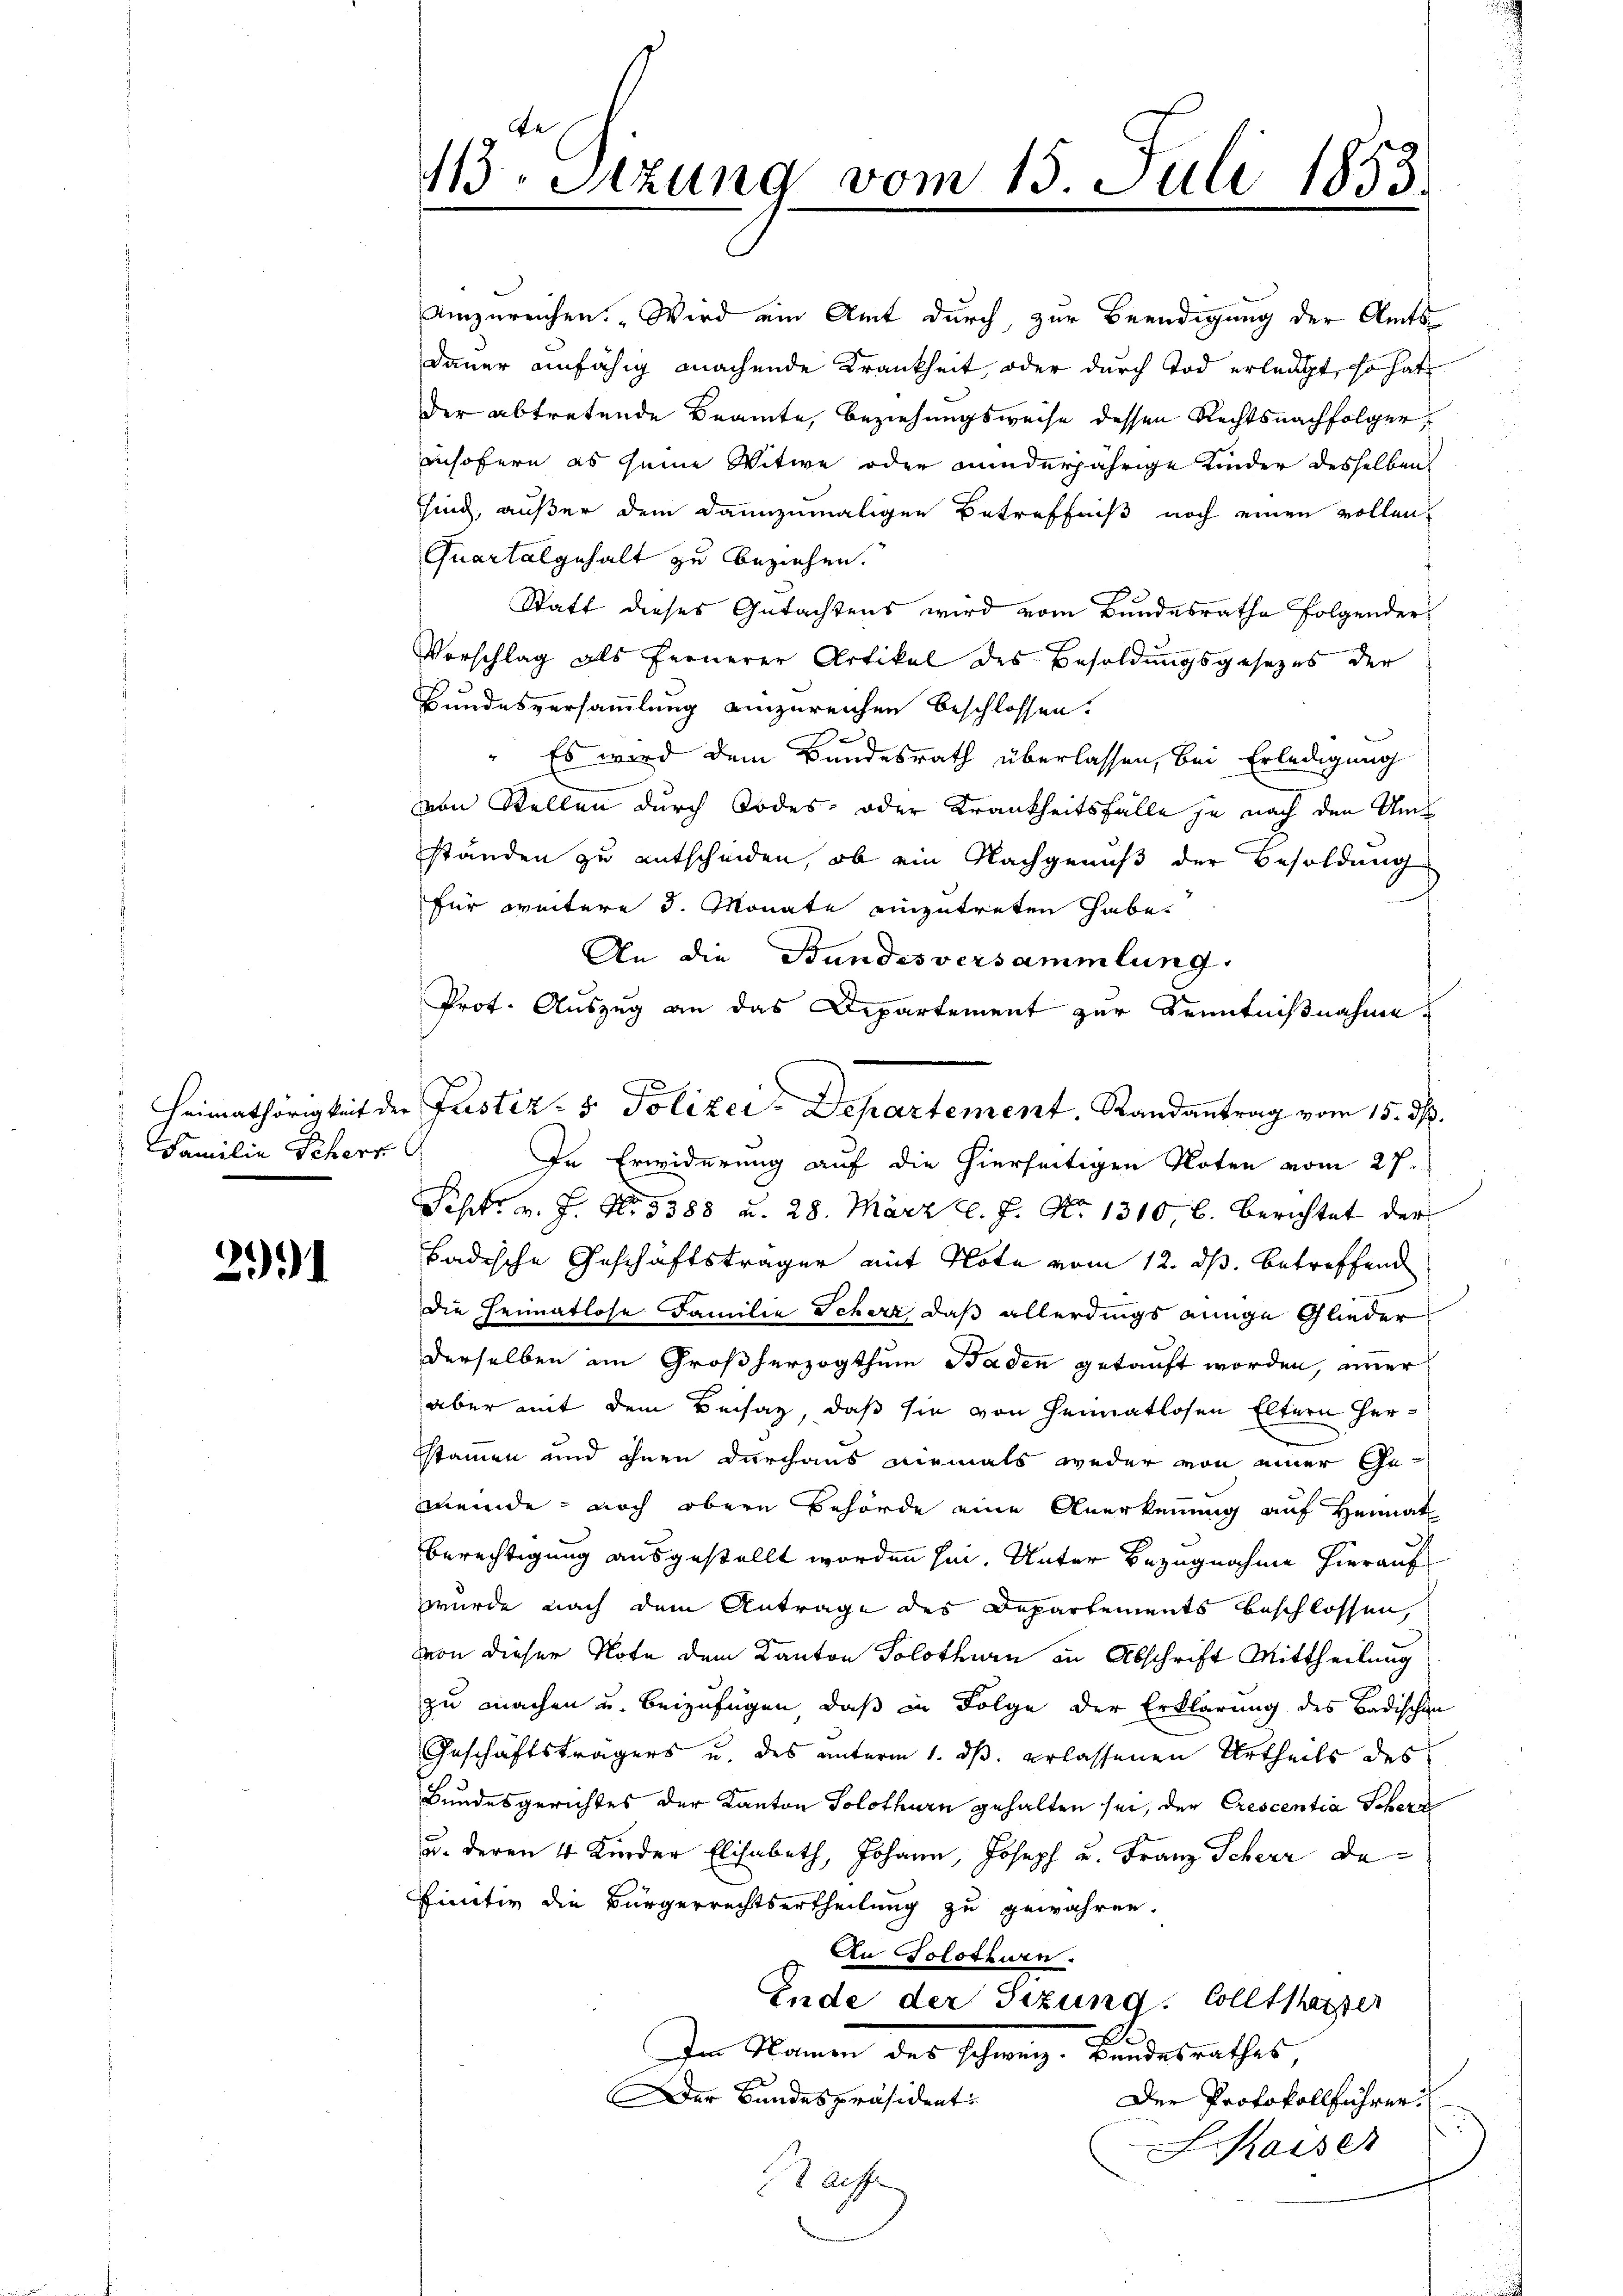
Familie Seherr

21

Umzureichen. „Wird ein Amt durch, zur Beendigung der Amts
Dauer einfähig machende Krankheit, oder durch Tod erleugt, so hat
der abtretende Beamte, Beziehungsweise dessen Rechtsnachfolger
insofern es seine Witwe oder minderjährige Kinder desselben
sind, außer dem dannzumaligen Betreffniß noch einen vollen
Quartal gehalt zu beziehen.
Statt dieses Gutachtens wird vom Bundesrathe folgender
Vorschlag als fernerer Artikel des Besoldŭngsgesezes der
Bundesversammlung einzureichen beschlossen.
" Es wird dem Bundesrath überlassen, bei Erledigung
von Stellen durch Todes- oder Krankheitsfälle je nach den Umständen zu entscheiden, ob ein Nachgenuß der Besoldung
für weitere d. Monate einzutreten habe.
An die Bundesversammlung.
Prot. Auszug an das Departement zur Kenntnißnahme
In Erwiderung auf die hierseitigen Noten vom 27.
Sept. v. J. No. 5388 a. 28. März l. J. No 1310, 6. Berichtet der
badische Geschäftsträger mit Note vom 12. ds. betreffend
die Heimatlose Familie Scherz, daß allerdings einige Glieder
derselben im Großherzogthum Baden getauft worden, immer
aber mit dem Beisaz, daß sie von Heimatlosen Eltern Herstammen und ihnen durchaus niemals weder von einer Gemeinde, noch obern Behörde eine Anerkennung auf Heimat
Berechtigung ausgestellt worden sei. Unter Bezugnahme hierauf
wurde nach dem Antrage des Departements beschlossen,
von dieser Note dem Kanton Solothurn in Abschrift Mittheilung
zu machen u. beizufügen, daß in Folge der Erklärung des Badischen
Geschäftsträgers u. des unterm 1. ds. erlassenen Urtheils des
Bundesgerichtes der Kanton Solothurn gehalten sei, der Crescentia Schern
u. deren 4 Kinder Elisabeth, Johann, Joseph u. Franz Scherr De
Pinctiv die Bürgerrechtsertheilung zu gewähren.
An Solothurn.
Ende der Sitzung. Solltslasser
Im Namen des schweiz. Bundesrathes
Der Bandespräsident
Der Protokollführer
LKaiser
Stafe

113. Sitzung vom 15. Juli 1853.

Heimathörigkeit der Justiz- & Polizei-Departement, Randantrag vom 15. ds.